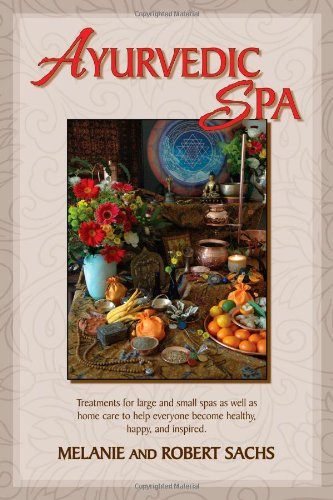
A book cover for Ayurvedic Spa: Treatments For Large And Small Spas As Well As Home Care To Help Everyone Become Healthy, Happy, and Feel Inspired; Melanie Sachs; Health, Fitness & Dieting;